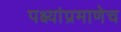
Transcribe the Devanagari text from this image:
पक्ष्यांप्रमाणेच